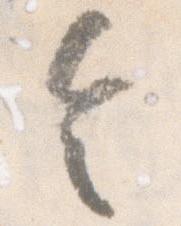
令